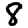
Digit: 8